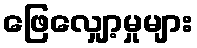
ဖြေလျှော့မှုများ